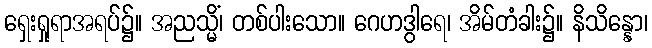
ရှေးရှုရာအရပ်၌။ အညသ္မိံ၊ တစ်ပါးသော။ ဂေဟဒွါရေ၊ အိမ်တံခါး၌။ နိသိန္နော၊